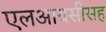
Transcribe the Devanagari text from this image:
एलआयसीसह